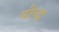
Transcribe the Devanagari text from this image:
बौत्द्ध